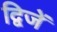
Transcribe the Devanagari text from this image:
द्विजें